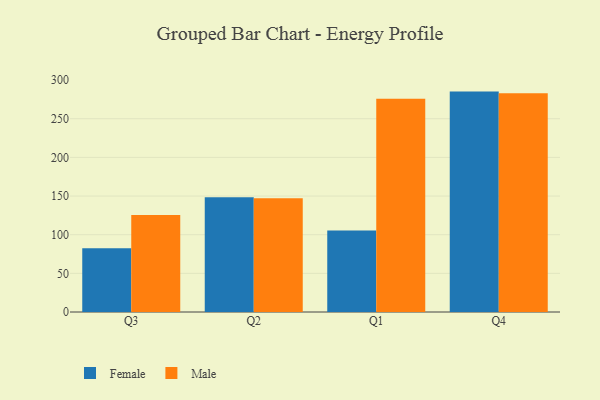
{"axis": {"x": "Quarter", "y": "Production Output"}, "legend": ["Female", "Male"], "data": [{"x": "Q3", "y": 82.5, "type": "Female"}, {"x": "Q3", "y": 125.6, "type": "Male"}, {"x": "Q2", "y": 148.3, "type": "Female"}, {"x": "Q2", "y": 147.0, "type": "Male"}, {"x": "Q1", "y": 105.3, "type": "Female"}, {"x": "Q1", "y": 276.0, "type": "Male"}, {"x": "Q4", "y": 285.1, "type": "Female"}, {"x": "Q4", "y": 282.9, "type": "Male"}]}